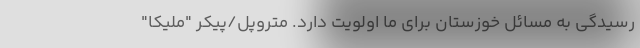
رسیدگی به مسائل خوزستان برای ما اولویت دارد. متروپل/پیکر "ملیکا"